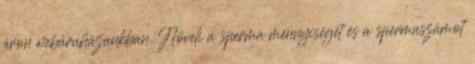
áron webáruházunkban. Növeli a sperma mennyiségét és a spermaszámot